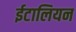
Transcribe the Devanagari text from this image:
ईटालियन